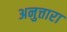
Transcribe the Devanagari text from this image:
अनुत्तारा